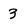
Character: 3